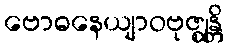
ဗောဓနေယျာဝဗုဇ္ဈန္တိ